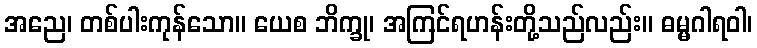
အညေ၊ တစ်ပါးကုန်သော။ ယေစ ဘိက္ခု၊ အကြင်ရဟန်းတို့သည်လည်း။ ဓမ္မဂါရဝါ၊